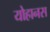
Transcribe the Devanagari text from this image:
योहानस